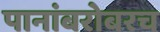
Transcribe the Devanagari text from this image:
पानांबरोबरच